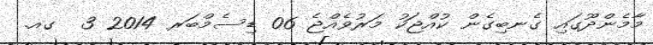
މާމެންދޫގައި ގެނބިގެން ކުއްޖަކު މަރުވެއްޖެ 06 ޑިސެމްބަރ 2014 3  ގއ.